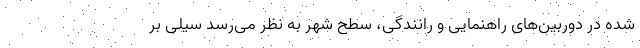
شده در دوربین‌های راهنمایی و رانندگی، سطح شهر به نظر می‌رسد سیلی بر